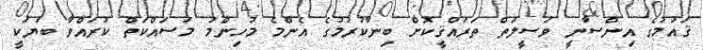
ޤައުމުގެ އިންސާނީ ވަސީލަތް ތަރައްޤީކޮށް ބިނާކުރުމުގެ އެންމެ މުހިންމު މަސައްކަތް ކުރައްވާ ބަޔަކީ